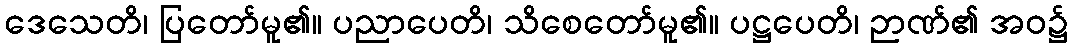
ဒေသေတိ၊ ပြတော်မူ၏။ ပညာပေတိ၊ သိစေတော်မူ၏။ ပဋ္ဌပေတိ၊ ဉာဏ်၏ အဝ၌